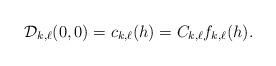
LaTeX: \begin{align*} \mathcal{D}_{k,\ell}(0,0)=c_{k,\ell}(h)=C_{k,\ell} f_{k,\ell}(h).\end{align*}